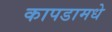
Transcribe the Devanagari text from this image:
कापडामधे